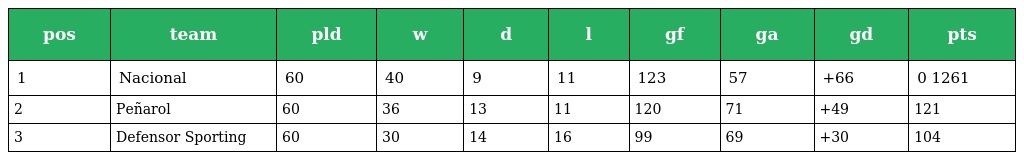
| pos | team | pld | w | d | l | gf | ga | gd | pts |
 | --- | --- | --- | --- | --- | --- | --- | --- | --- | --- |
 | 1 | Nacional | 60 | 40 | 9 | 11 | 123 | 57 | +66 | 0 1261 |
 | 2 | Peñarol | 60 | 36 | 13 | 11 | 120 | 71 | +49 | 121 |
 | 3 | Defensor Sporting | 60 | 30 | 14 | 16 | 99 | 69 | +30 | 104 |